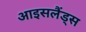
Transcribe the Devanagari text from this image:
आइसलैंड्स